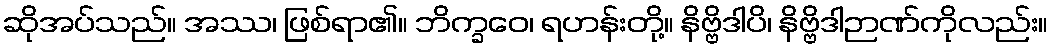
ဆိုအပ်သည်။ အဿ၊ ဖြစ်ရာ၏။ ဘိက္ခဝေ၊ ရဟန်းတို့။ နိဗ္ဗိဒါပိ၊ နိဗ္ဗိဒါဉာဏ်ကိုလည်း။